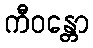
ကီဝန္တော